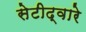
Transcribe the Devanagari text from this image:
सेटीद्वारे